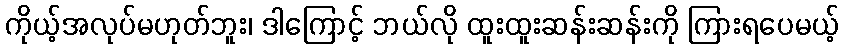
ကိုယ့်အလုပ်မဟုတ်ဘူး၊ ဒါကြောင့် ဘယ်လို ထူးထူးဆန်းဆန်းကို ကြားရပေမယ့်